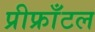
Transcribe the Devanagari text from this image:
प्रीफ्राँटल